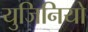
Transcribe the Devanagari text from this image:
युजिनियो